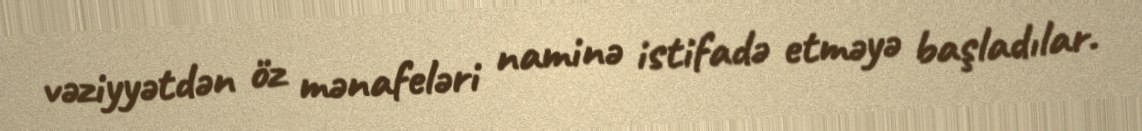
vəziyyətdən öz mənafeləri naminə istifadə etməyə başladılar.